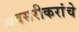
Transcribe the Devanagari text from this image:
अवसरीकरांचे